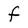
Character: f